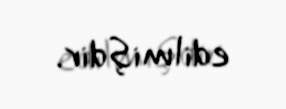
edilmişdir.